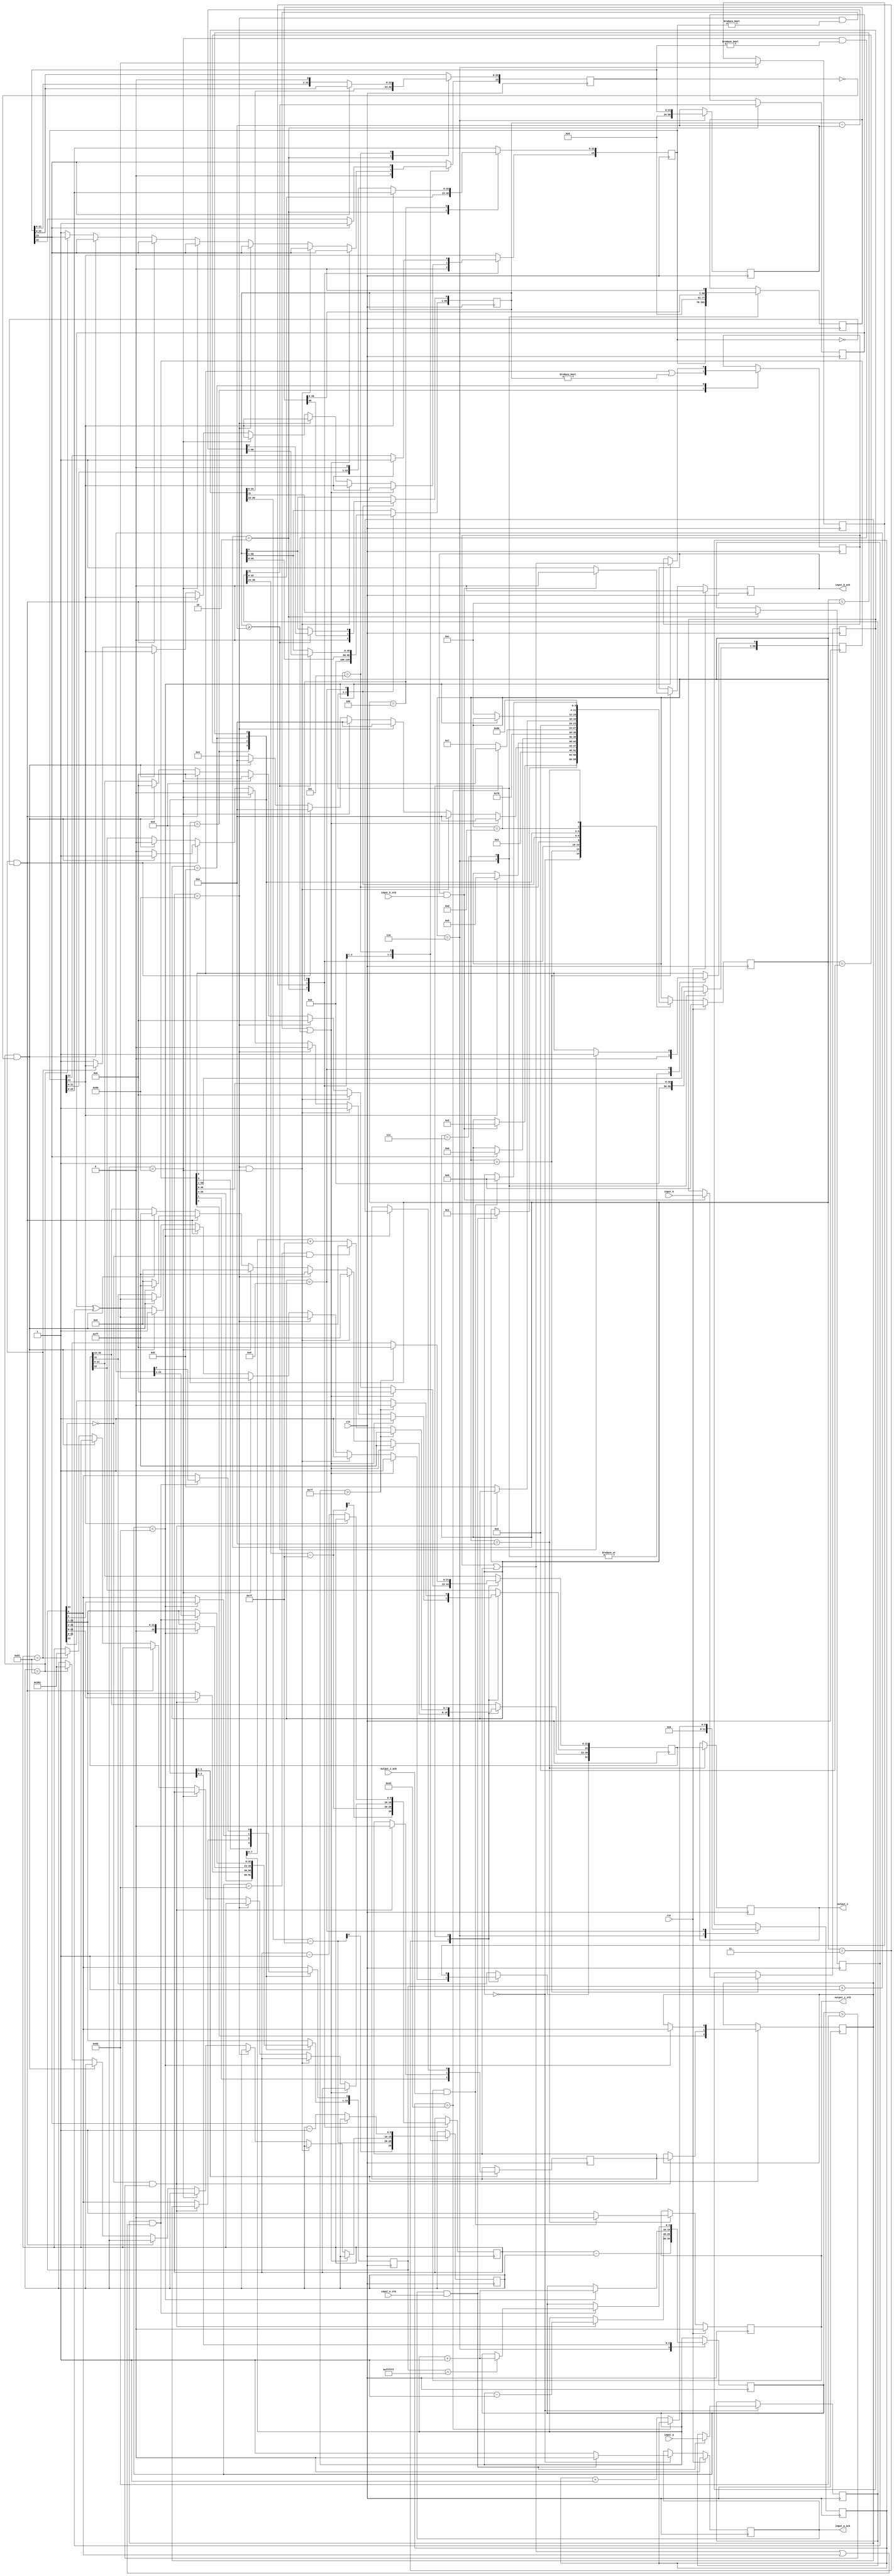
//IEEE Floating Point Divider (Single Precision)
//Copyright (C) Jonathan P Dawson 2013
//2013-12-12
//
module divider(
        input_a,
        input_b,
        input_a_stb,
        input_b_stb,
        output_z_ack,
        clk,
        rst,
        output_z,
        output_z_stb,
        input_a_ack,
        input_b_ack);

  input     clk;
  input     rst;

  input     [31:0] input_a;
  input     input_a_stb;
  output    input_a_ack;

  input     [31:0] input_b;
  input     input_b_stb;
  output    input_b_ack;

  output    [31:0] output_z;
  output    output_z_stb;
  input     output_z_ack;

  reg       s_output_z_stb;
  reg       [31:0] s_output_z;
  reg       s_input_a_ack;
  reg       s_input_b_ack;

  reg       [3:0] state;
  parameter get_a         = 4'd0,
            get_b         = 4'd1,
            unpack        = 4'd2,
            special_cases = 4'd3,
            normalise_a   = 4'd4,
            normalise_b   = 4'd5,
            divide_0      = 4'd6,
            divide_1      = 4'd7,
            divide_2      = 4'd8,
            divide_3      = 4'd9,
            normalise_1   = 4'd10,
            normalise_2   = 4'd11,
            round         = 4'd12,
            pack          = 4'd13,
            put_z         = 4'd14;

  reg       [31:0] a, b, z;
  reg       [23:0] a_m, b_m, z_m;
  reg       [9:0] a_e, b_e, z_e;
  reg       a_s, b_s, z_s;
  reg       guard, round_bit, sticky;
  reg       [50:0] quotient, divisor, dividend, remainder;
  reg       [5:0] count;

  always @(posedge clk)
  begin

    case(state)

      get_a:
      begin
        s_input_a_ack <= 1;
        if (s_input_a_ack && input_a_stb) begin
          a <= input_a;
          s_input_a_ack <= 0;
          state <= get_b;
        end
      end

      get_b:
      begin
        s_input_b_ack <= 1;
        if (s_input_b_ack && input_b_stb) begin
          b <= input_b;
          s_input_b_ack <= 0;
          state <= unpack;
        end
      end

      unpack:
      begin
        a_m <= a[22 : 0];
        b_m <= b[22 : 0];
        a_e <= a[30 : 23] - 127;
        b_e <= b[30 : 23] - 127;
        a_s <= a[31];
        b_s <= b[31];
        state <= special_cases;
      end

      special_cases:
      begin
        //if a is NaN or b is NaN return NaN 
        if ((a_e == 128 && a_m != 0) || (b_e == 128 && b_m != 0)) begin
          z[31] <= 1;
          z[30:23] <= 255;
          z[22] <= 1;
          z[21:0] <= 0;
          state <= put_z;
          //if a is inf and b is inf return NaN 
        end else if ((a_e == 128) && (b_e == 128)) begin
          z[31] <= 1;
          z[30:23] <= 255;
          z[22] <= 1;
          z[21:0] <= 0;
          state <= put_z;
        //if a is inf return inf
        end else if (a_e == 128) begin
          z[31] <= a_s ^ b_s;
          z[30:23] <= 255;
          z[22:0] <= 0;
          state <= put_z;
           //if b is zero return NaN
          if ($signed(b_e == -127) && (b_m == 0)) begin
            z[31] <= 1;
            z[30:23] <= 255;
            z[22] <= 1;
            z[21:0] <= 0;
            state <= put_z;
          end
        //if b is inf return zero
        end else if (b_e == 128) begin
          z[31] <= a_s ^ b_s;
          z[30:23] <= 0;
          z[22:0] <= 0;
          state <= put_z;
        //if a is zero return zero
        end else if (($signed(a_e) == -127) && (a_m == 0)) begin
          z[31] <= a_s ^ b_s;
          z[30:23] <= 0;
          z[22:0] <= 0;
          state <= put_z;
           //if b is zero return NaN
          if (($signed(b_e) == -127) && (b_m == 0)) begin
            z[31] <= 1;
            z[30:23] <= 255;
            z[22] <= 1;
            z[21:0] <= 0;
            state <= put_z;
          end
        //if b is zero return inf
        end else if (($signed(b_e) == -127) && (b_m == 0)) begin
          z[31] <= a_s ^ b_s;
          z[30:23] <= 255;
          z[22:0] <= 0;
          state <= put_z;
        end else begin
          //Denormalised Number
          if ($signed(a_e) == -127) begin
            a_e <= -126;
          end else begin
            a_m[23] <= 1;
          end
          //Denormalised Number
          if ($signed(b_e) == -127) begin
            b_e <= -126;
          end else begin
            b_m[23] <= 1;
          end
          state <= normalise_a;
        end
      end

      normalise_a:
      begin
        if (a_m[23]) begin
          state <= normalise_b;
        end else begin
          a_m <= a_m << 1;
          a_e <= a_e - 1;
        end
      end

      normalise_b:
      begin
        if (b_m[23]) begin
          state <= divide_0;
        end else begin
          b_m <= b_m << 1;
          b_e <= b_e - 1;
        end
      end

      divide_0:
      begin
        z_s <= a_s ^ b_s;
        z_e <= a_e - b_e;
        quotient <= 0;
        remainder <= 0;
        count <= 0;
        dividend <= a_m << 27;
        divisor <= b_m;
        state <= divide_1;
      end

      divide_1:
      begin
        quotient <= quotient << 1;
        remainder <= remainder << 1;
        remainder[0] <= dividend[50];
        dividend <= dividend << 1;
        state <= divide_2;
      end

      divide_2:
      begin
        if (remainder >= divisor) begin
          quotient[0] <= 1;
          remainder <= remainder - divisor;
        end
        if (count == 49) begin
          state <= divide_3;
        end else begin
          count <= count + 1;
          state <= divide_1;
        end
      end

      divide_3:
      begin
        z_m <= quotient[26:3];
        guard <= quotient[2];
        round_bit <= quotient[1];
        sticky <= quotient[0] | (remainder != 0);
        state <= normalise_1;
      end

      normalise_1:
      begin
        if (z_m[23] == 0 && $signed(z_e) > -126) begin
          z_e <= z_e - 1;
          z_m <= z_m << 1;
          z_m[0] <= guard;
          guard <= round_bit;
          round_bit <= 0;
        end else begin
          state <= normalise_2;
        end
      end

      normalise_2:
      begin
        if ($signed(z_e) < -126) begin
          z_e <= z_e + 1;
          z_m <= z_m >> 1;
          guard <= z_m[0];
          round_bit <= guard;
          sticky <= sticky | round_bit;
        end else begin
          state <= round;
        end
      end

      round:
      begin
        if (guard && (round_bit | sticky | z_m[0])) begin
          z_m <= z_m + 1;
          if (z_m == 24'hffffff) begin
            z_e <=z_e + 1;
          end
        end
        state <= pack;
      end

      pack:
      begin
        z[22 : 0] <= z_m[22:0];
        z[30 : 23] <= z_e[7:0] + 127;
        z[31] <= z_s;
        if ($signed(z_e) == -126 && z_m[23] == 0) begin
          z[30 : 23] <= 0;
        end
        //if overflow occurs, return inf
        if ($signed(z_e) > 127) begin
          z[22 : 0] <= 0;
          z[30 : 23] <= 255;
          z[31] <= z_s;
        end
        state <= put_z;
      end

      put_z:
      begin
        s_output_z_stb <= 1;
        s_output_z <= z;
        if (s_output_z_stb && output_z_ack) begin
          s_output_z_stb <= 0;
          state <= get_a;
        end
      end

    endcase

    if (rst == 1) begin
      state <= get_a;
      s_input_a_ack <= 0;
      s_input_b_ack <= 0;
      s_output_z_stb <= 0;
    end

  end
  assign input_a_ack = s_input_a_ack;
  assign input_b_ack = s_input_b_ack;
  assign output_z_stb = s_output_z_stb;
  assign output_z = s_output_z;

endmodule